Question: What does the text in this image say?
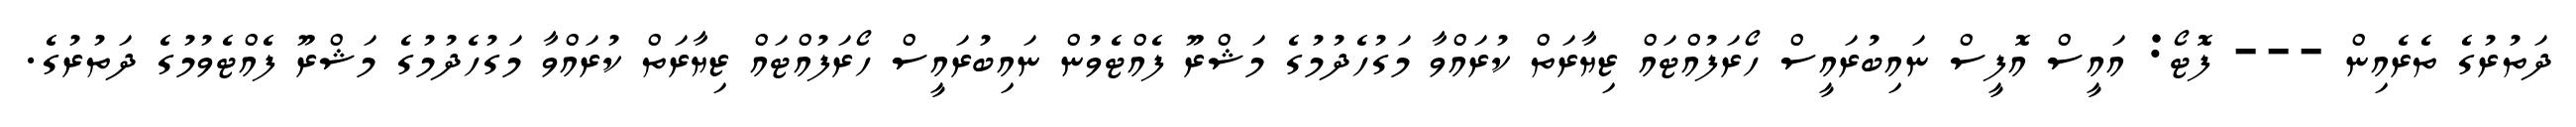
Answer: ދަތުރުގެ ތެރެއިން --- ފޮޓޯ: އައީސް އޮފީސް ނައިބުރައީސް ހޯރަފުއްޓައް ޒިޔާރަތް ކުރައްވާ މަގުހެދުމުގެ މަޝްރޫ ފެއްޓެވުން ނައިބުރައީސް ހޯރަފުއްޓައް ޒިޔާރަތް ކުރައްވާ މަގުހެދުމުގެ މަޝްރޫ ފެއްޓެވުމުގެ ދަތުރުގެ.